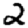
Digit: 2